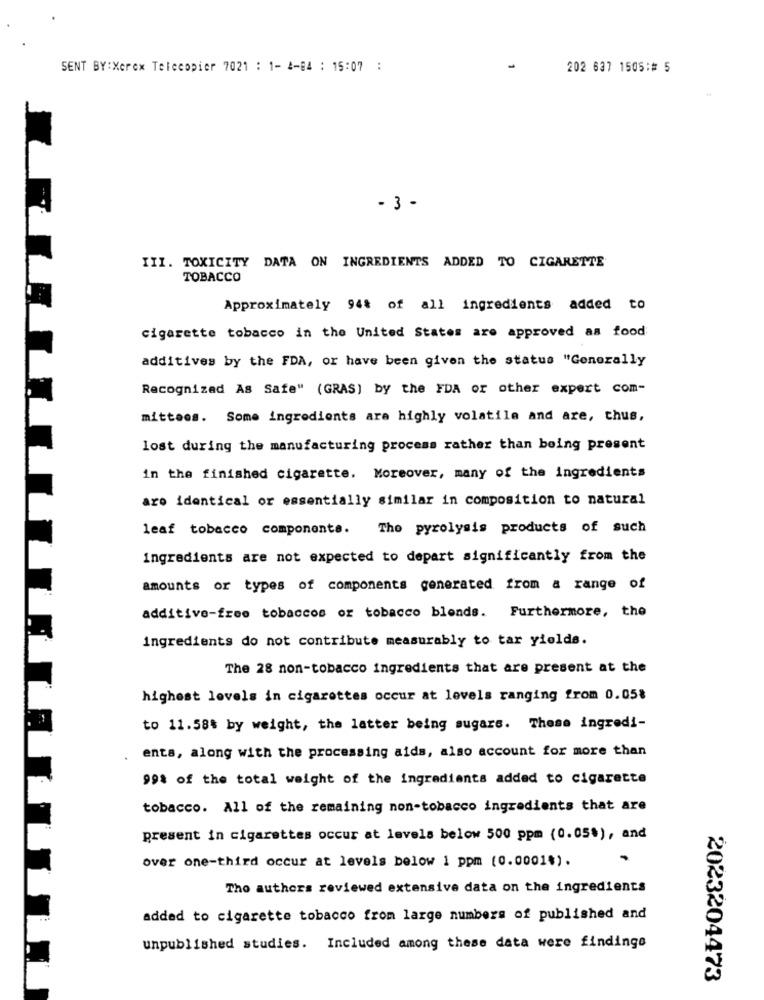
SENT BY:Xerex Telecopier 7021 : 1- 2-04 : 15:07 :
202 637 1505:# 5
- 3 -
III. TOXICITY DATA ON INGREDIENTS ADDED TO CIGARETTE
TOBACCO
Approximately 94% of all ingredients added to
cigarette tobacco in the United States are approved as food
additives by the FDA, or have been given the status "Generally
Recognized As Safe" (GRAS) by the FDA or other expert com-
mitteos. Some ingredients are highly volatile and are, thus,
lost during the manufacturing process rather than being present
in the finished cigarette. Moreover, many of the ingredients
are identical or essentially similar in composition to natural
leaf tobacco components. The pyrolysis products of such
Ingredients are not expected to depart significantly from the
amounts or types of components generated from a range of
additive-free tobaccos or tobacco blends. Furthermore, the
ingredients do not contribute measurably to tar yields.
The 28 non-tobacco ingredients that are present at the
highest levels in cigarettes occur at levels ranging from 0.058
to 11.58% by weight, the latter being sugars. These ingredi-
ents, along with the processing aids, also account for more than
99% of the total weight of the ingredients added to cigarette
tobacco. All of the remaining non-tobacco ingredients that are
present in cigarettes occur at levels below 500 ppm (0.05%), and
over one-third occur at levels below 1 ppm (0.0001*).
Tho authers reviewed extensive data on the ingredients
added to cigarette tobacco from large numbers of published and
unpublished studies. Included among these data were findings
2023204473